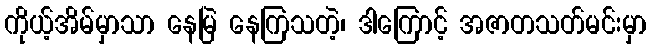
ကိုယ့်အိမ်မှာသာ နေမြဲ နေကြသတဲ့၊ ဒါကြောင့် အဇာတသတ်မင်းမှာ